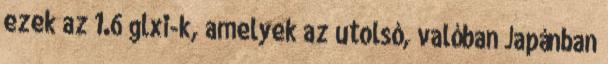
ezek az 1.6 glxi-k, amelyek az utolsó, valóban Japánban